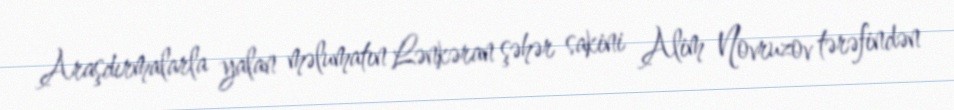
Araşdırmalarla yalan məlumatın Lənkəran şəhər sakini Alim Novruzov tərəfindən